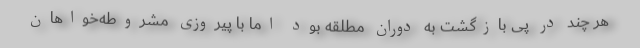
هر چند در پی بازگشت به دوران مطلقه بود اما با پیروزی مشروطه‌خواهان